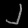
Digit: ၂